Statistics of inoculations with Haffkine's anti-plague vaccine 1897-1900
Year: 1897
Disease focus: Plague
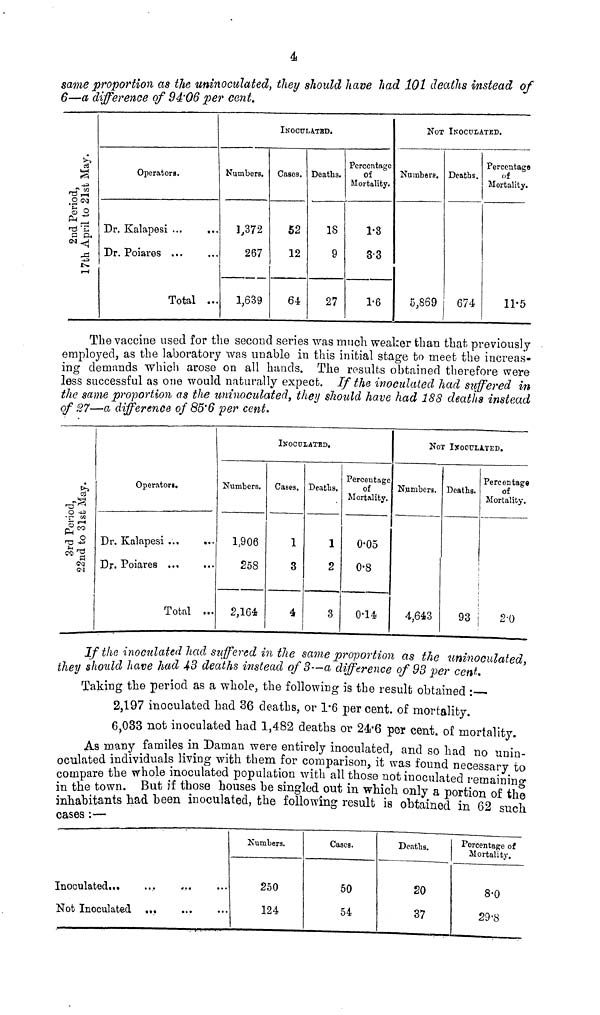
4
same proportion as the uninoculated, they should have had 101 deaths instead of
6—a difference of 94'06 per cent.
2nd period,
17th April to 21st May
Operators.
Dr. Kalapesi
Dr. Poiares
...
...
Total
...
...
...
INOCULATED
Numbers.
1,372
267
1,639
Cases.
52
12
64
Deaths.
18
9
27
Percentage
of
Mortality.
1.8
3.3
1.6
NOT INOCULATED.
Numbers.
5,869
Deaths.
674
Percentage
of
Mortality.
11.5
The vaccine used for the second series was much weaker than that previously
employed, as the laboratory was unable in this initial stage to meet the increas-
ing demands which arose on all hands. The results obtained therefore were
less successful as one would naturally expect. If the inoculated had suffered in
the same proportion as the uninoculated, they should have had 188 deaths instead
of 27—a difference of 85'6 per cent.
2nd period,
22nd to 31st May
Operators.
Dr. Kalapesi ...
Dr. Poiares ...
Total
...
...
...
INOCULATED
Numbers.
1,906
258
2,164
Cases.
1
3
4
Deaths.
1
2
3
Percentage
of
Mortality.
0.05
0.8
0.14
NOT INOCULATED.
Numbers.
4,643
Deaths.
93
Percentage
of
Mortality.
2.0
If the inoculated had suffered in the same proportion as the uninoculated,
they should have had 43 deaths instead of 3—a difference of 93 per cent.
Taking the period as a whole, the following is the result obtained :—
2,197 inoculated had 36 deaths, or 1.6 percent, of mortality.
6,033 not inoculated had 1,482 deaths or 24.6 per cent, of mortality.
As many familes in Daman were entirely inoculated, and so had no unin-
oculated individuals living with them for comparison, it was found necessarv to
compare the whole moculated population with all those not inoculated remaining
in the town. But if those houses be singled out in which only a portion of the
inhabitants had been inoculated, the following result is obtained in 62 such
cases :—
Not Inoculated ...
...
...
Numbers.
250
124
Cases.
50
54
Deaths.
20
37
Percentage of
Mortality.
8.0
29.8